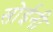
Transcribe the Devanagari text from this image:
सोईनी